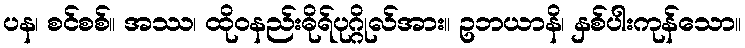
ပန၊ စင်စစ်။ အဿ၊ ထိုဝနည်းဓိုရ်ပုဂ္ဂိုလ်အား။ ဥဘယာနိ၊ နှစ်ပါးကုန်သော။